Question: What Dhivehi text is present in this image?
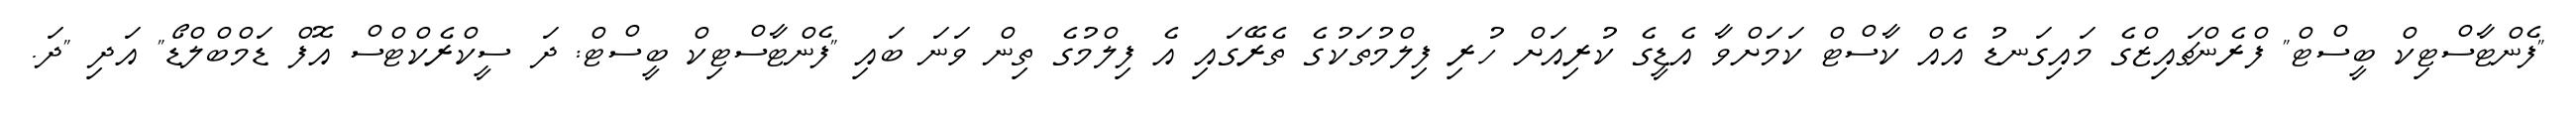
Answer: "ފެންޓާސްޓިކް ބީސްޓް" ފްރެންޗައިޒްގެ މައިގަނޑު އެއް ކާސްޓް ކަމަށްވާ އެޑީގެ ކުރިއަށް ހުރި ފިލްމުތަކުގެ ތެރޭގައި އެ ފިލްމުގެ ތިން ވަނަ ބައި "ފެންޓާސްޓިކް ބީސްޓް: ދަ ސީކްރެކްޓްސް އޮފް ޑަމްބްލްޑޯ" އަދި "ދަ.